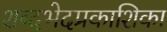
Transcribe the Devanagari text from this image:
शब्दभेदप्रकाशिका